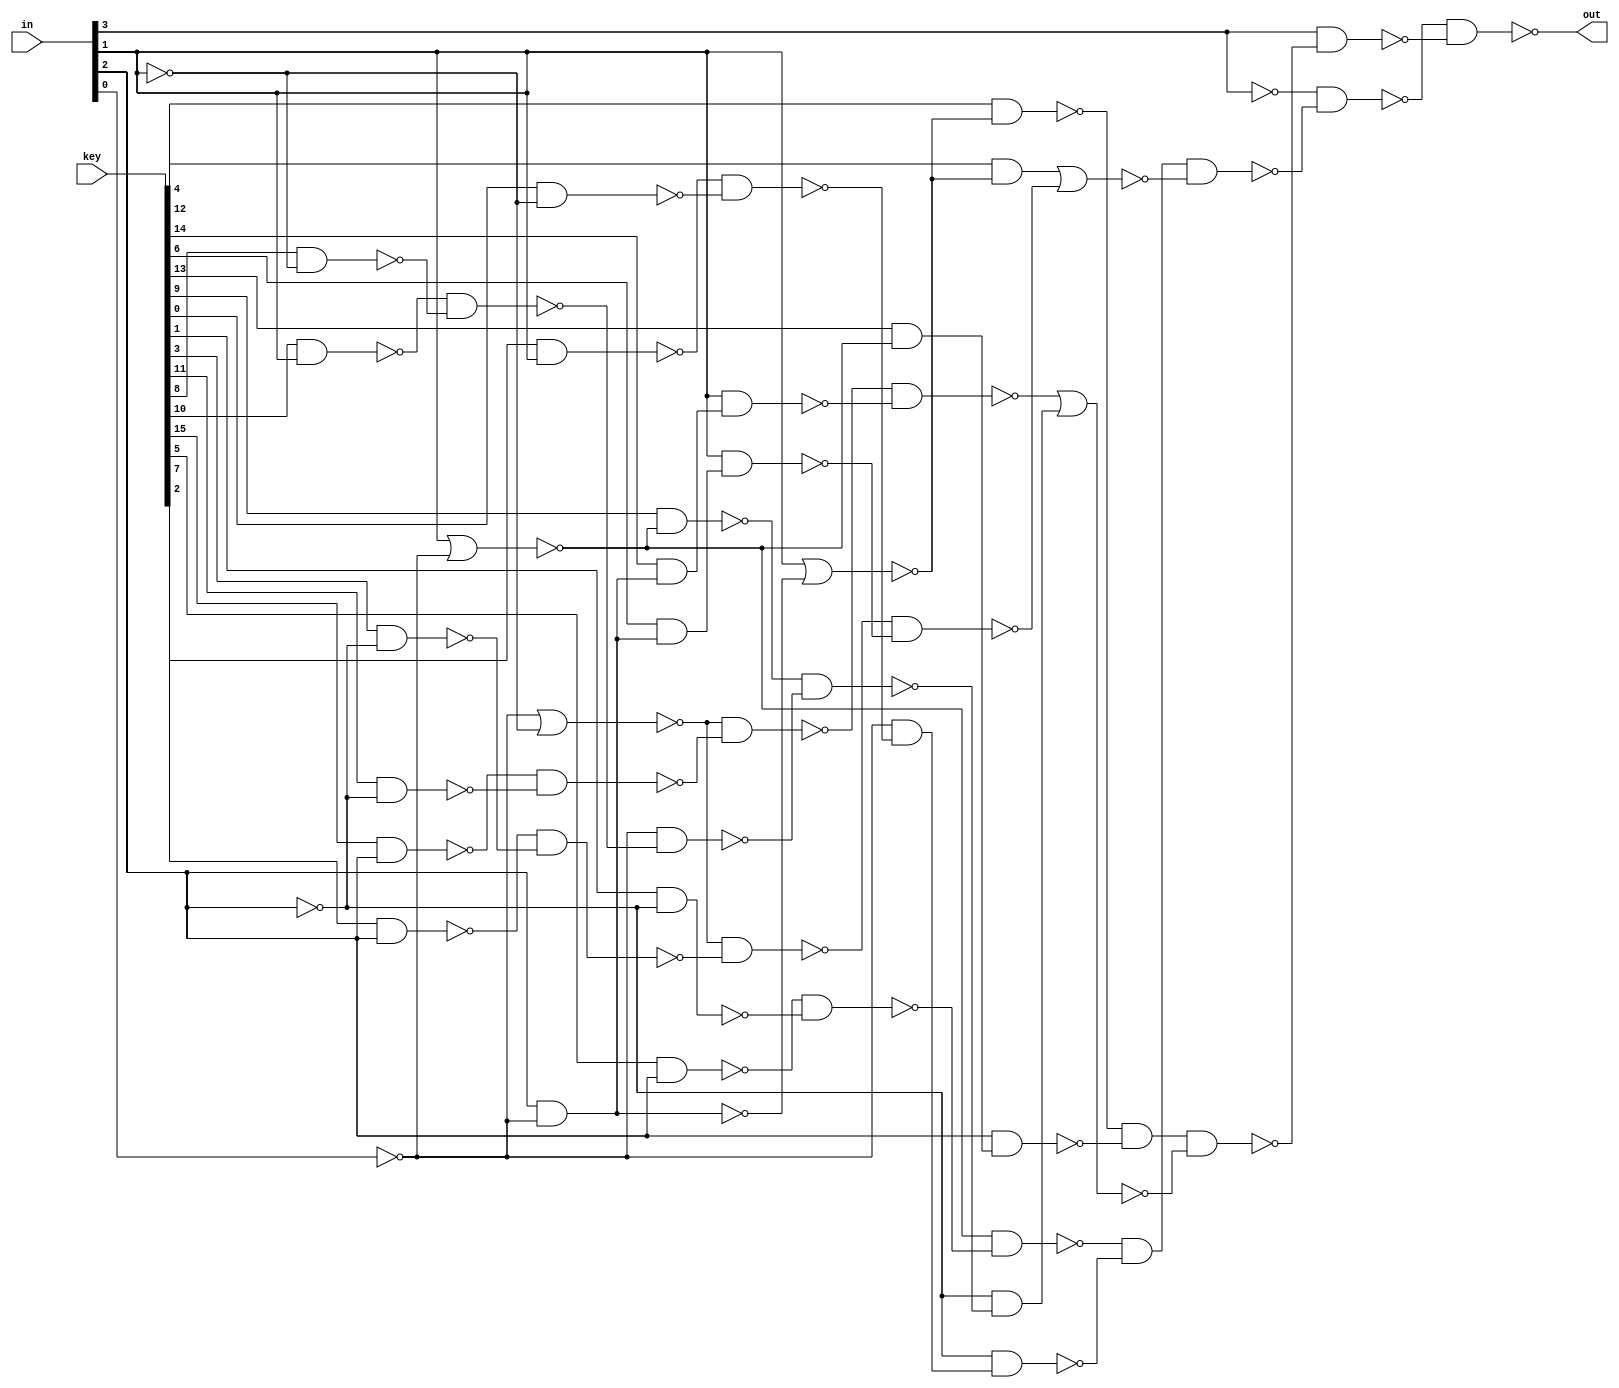

// Generated by Cadence Genus(TM) Synthesis Solution 16.22-s033_1
// Generated on: Mar  7 2020 16:40:48 EST (Mar  7 2020 21:40:48 UTC)

// Verification Directory fv/LUT_WINPUT4 

module LUT_WINPUT4(in, out, key);
  input [3:0] in;
  input [15:0] key;
  output out;
  wire [3:0] in;
  wire [15:0] key;
  wire out;
  wire n_0, n_1, n_2, n_3, n_4, n_5, n_6, n_7;
  wire n_8, n_9, n_10, n_11, n_12, n_13, n_14, n_15;
  wire n_16, n_17, n_18, n_19, n_20, n_21, n_22, n_23;
  wire n_24, n_25, n_26, n_27, n_28, n_29, n_30, n_31;
  wire n_32, n_33, n_34, n_35, n_36, n_37, n_38, n_39;
  wire n_40, n_41, n_42, n_43, n_44, n_45, n_46, n_47;
  wire n_48, n_49, n_50, n_51, n_52, n_53, n_54, n_55;
  wire n_56, n_57, n_58;
  nand g389__7837 (out, n_57, n_58);
  nand g390__7557 (n_58, in[3], n_56);
  nand g391__7654 (n_57, n_0, n_55);
  nand g392__8867 (n_56, n_46, n_54);
  nand g393__1377 (n_55, n_52, n_53);
  nor g394__3717 (n_54, n_48, n_51);
  nor g395__4599 (n_53, n_38, n_49);
  not g396 (n_52, n_50);
  not g397 (n_51, n_47);
  nand g398__3779 (n_50, n_30, n_44);
  nand g403__2007 (n_49, n_31, n_42);
  nand g405__1237 (n_48, n_29, n_41);
  nand g399__1297 (n_47, n_43, n_40);
  not g400 (n_46, n_45);
  nand g402__2006 (n_45, n_34, n_37);
  nand g401__2833 (n_44, n_43, n_39);
  nand g414__7547 (n_42, in[1], n_32);
  nand g415__7765 (n_41, in[1], n_36);
  nand g404__9867 (n_40, n_18, n_26);
  not g406 (n_39, n_27);
  not g412 (n_38, n_35);
  nand g413__3377 (n_37, in[2], n_24);
  not g418 (n_36, n_23);
  nand g417__9719 (n_35, key[4], n_33);
  nand g416__1591 (n_34, key[12], n_33);
  not g420 (n_32, n_22);
  nand g409__6789 (n_31, n_28, n_15);
  nand g408__5927 (n_30, n_19, n_17);
  nand g407__2001 (n_29, n_28, n_16);
  nand g410__1122 (n_27, n_25, n_14);
  nand g411__2005 (n_26, n_25, n_13);
  not g419 (n_24, n_20);
  nand g421__9771 (n_23, key[14], n_21);
  nand g424__3457 (n_22, key[6], n_21);
  nand g423__1279 (n_20, key[13], n_19);
  nand g422__6179 (n_18, key[9], n_19);
  nand g426__7837 (n_17, n_3, n_10);
  nor g425__7557 (n_33, in[1], n_12);
  nand g429__7654 (n_16, n_4, n_7);
  nand g428__8867 (n_15, n_2, n_8);
  nand g427__1377 (n_14, n_1, n_11);
  nand g430__3717 (n_13, n_5, n_6);
  not g437 (n_21, n_12);
  nand g431__4599 (n_11, key[0], n_9);
  nand g432__3779 (n_10, key[1], n_43);
  nor g443__2007 (n_28, n_25, n_9);
  nand g444__1237 (n_12, in[2], n_25);
  nand g435__1297 (n_8, key[3], n_43);
  nand g434__2006 (n_7, key[11], n_43);
  nand g433__2833 (n_6, key[8], n_9);
  nor g436__7547 (n_19, in[1], n_25);
  nand g438__7765 (n_5, key[10], in[1]);
  nand g439__9867 (n_4, key[15], in[2]);
  nand g440__3377 (n_3, key[5], in[2]);
  nand g441__9719 (n_2, key[7], in[2]);
  nand g442__1591 (n_1, key[2], in[1]);
  not g447 (n_0, in[3]);
  not g448 (n_9, in[1]);
  not g446 (n_43, in[2]);
  not g445 (n_25, in[0]);
endmodule